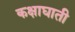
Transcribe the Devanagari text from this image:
कक्षाघाती